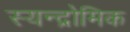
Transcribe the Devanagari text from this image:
स्यन्द्रोमिक